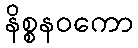
နိစ္စနဝကော